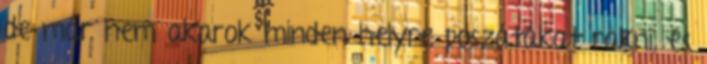
de már nem akarok minden helyre poszátákat rakni, és